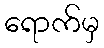
ရောက်မှ